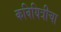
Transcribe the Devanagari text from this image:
कवियित्रीचा